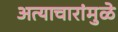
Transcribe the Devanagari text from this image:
अत्याचारांमुळे